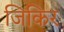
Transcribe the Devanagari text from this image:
जिकिर